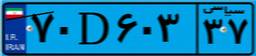
۷۰D۶۰۳۳۷